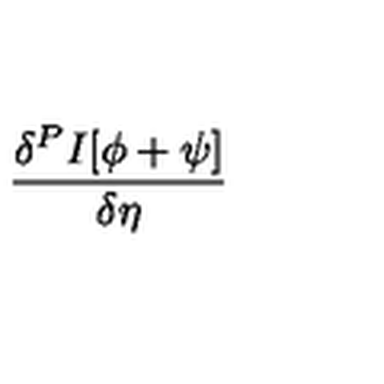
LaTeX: \frac { \delta ^ { P } I [ \phi + \psi ] } { \delta \eta }